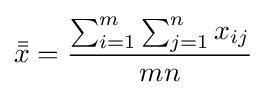
{\bar {\bar {x}}}={\frac {\sum _{i=1}^{m}\sum _{j=1}^{n}x_{ij}}{mn}}